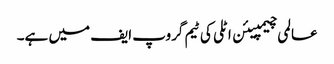
عالمی چیمپیئن اٹلی کی ٹیم گروپ ایف میں ہے۔